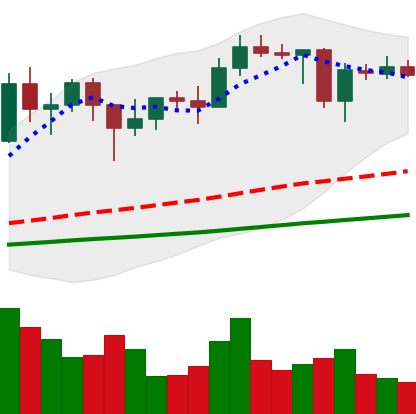
Ticker: ADA-USD
Chart end date: 2021-01-25
Forward return: 5.448%
Label: up_5_7